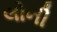
લોની